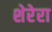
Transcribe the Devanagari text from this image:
शेरेरा